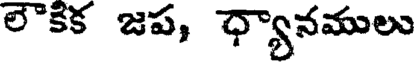
లౌకిక జప, ధ్యానములు